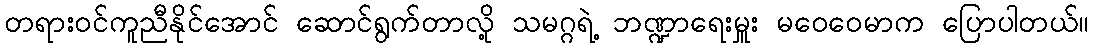
တရားဝင်ကူညီနိုင်အောင် ဆောင်ရွက်တာလို့ သမဂ္ဂရဲ့ ဘဏ္ဍာရေးမှူး မဝေဝေမာက ပြောပါတယ်။